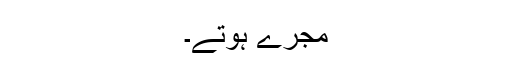
مجرے ہوتے۔